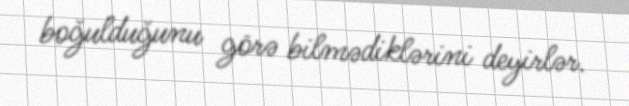
boğulduğunu görə bilmədiklərini deyirlər.